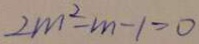
2 m ^ { 2 } - m - 1 > 0